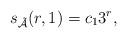
LaTeX: \begin{align*}s_\mathcal{\tilde{A}}(r,1)=c_13^r,\end{align*}